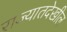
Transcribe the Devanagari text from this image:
राज्यातदेखील